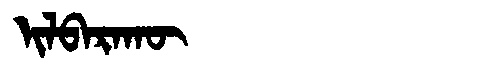
Manchu: ᡳᠯᠪᠠᡵᠠᡴᡡ
Romanization: ILBARAKŪ